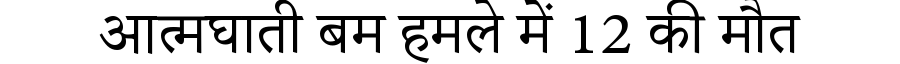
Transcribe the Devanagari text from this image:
आत्मघाती बम हमले में 12 की मौत